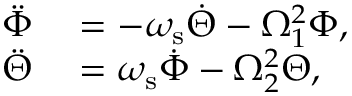
\begin{array} { r l } { \ddot { \Phi } } & { { } = - \omega _ { \mathrm { s } } \dot { \Theta } - \Omega _ { 1 } ^ { 2 } \Phi , } \\ { \ddot { \Theta } } & { { } = \omega _ { \mathrm { s } } \dot { \Phi } - \Omega _ { 2 } ^ { 2 } \Theta , } \end{array}